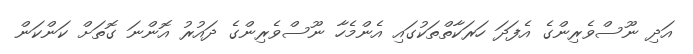
އަދި ނޫސްވެރިންގެ އެފަދަ ހަރަކާތްތަކުގައި އެންމެހާ ނޫސްވެރިންގެ ދައުރު އޮންނަ ގޮތަށް ކަންކަން